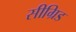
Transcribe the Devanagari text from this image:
सीग्रिड